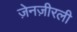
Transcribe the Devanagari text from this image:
ज़ेनज़ीरली